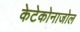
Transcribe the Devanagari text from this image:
केटेकोनाजोल